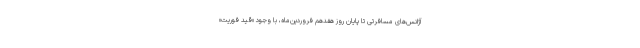
آژانس‌های مسافرتی تا پایان روز هفدهم فروردین‌ماه، با وجود «قید فوریت»